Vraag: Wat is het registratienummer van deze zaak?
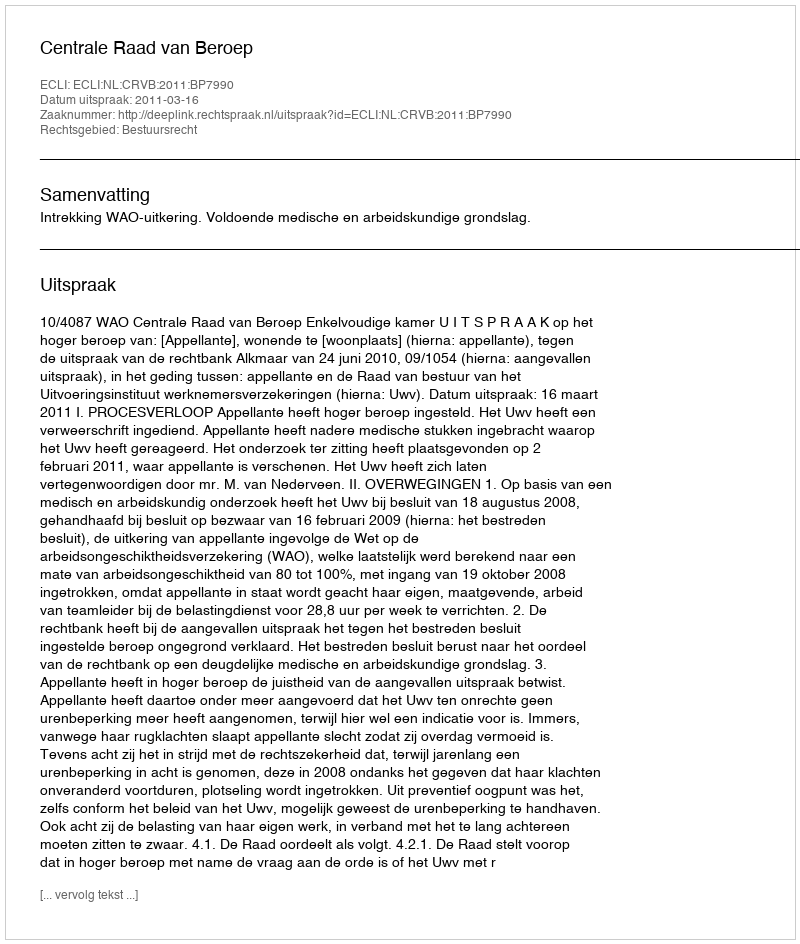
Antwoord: http://deeplink.rechtspraak.nl/uitspraak?id=ECLI:NL:CRVB:2011:BP7990